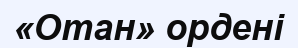
«Отан» ордені